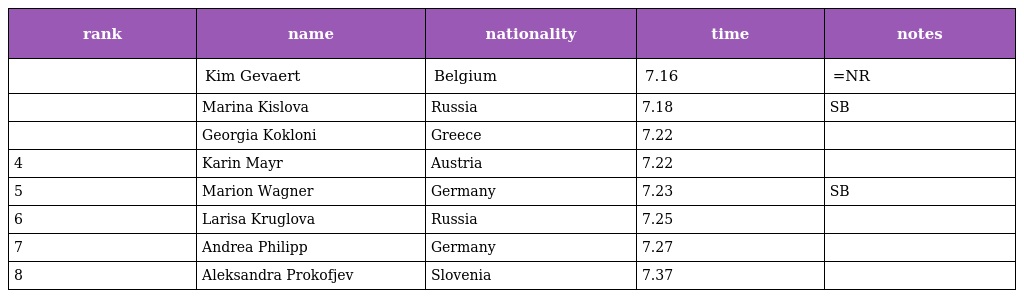
| rank | name | nationality | time | notes |
 | --- | --- | --- | --- | --- |
 |  | Kim Gevaert | Belgium | 7.16 | =NR |
 |  | Marina Kislova | Russia | 7.18 | SB |
 |  | Georgia Kokloni | Greece | 7.22 |  |
 | 4 | Karin Mayr | Austria | 7.22 |  |
 | 5 | Marion Wagner | Germany | 7.23 | SB |
 | 6 | Larisa Kruglova | Russia | 7.25 |  |
 | 7 | Andrea Philipp | Germany | 7.27 |  |
 | 8 | Aleksandra Prokofjev | Slovenia | 7.37 |  |